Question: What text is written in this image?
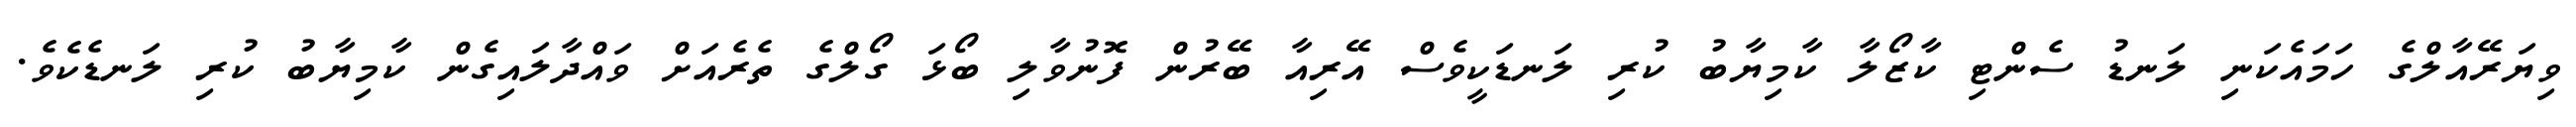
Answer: ވިޔަރޭއާލްގެ ހަމައެކަނި ލަނޑު ސެންޓި ކާޒޯލާ ކާމިޔާބު ކުރި ލަނޑަކީވެސް އޭރިއާ ބޭރުން ފޮނުވާލި ބޯޅަ ގޯލްގެ ތެރެއަށް ވައްދާލައިގެން ކާމިޔާބު ކުރި ލަނޑެކެވެ.